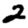
Digit: 2